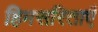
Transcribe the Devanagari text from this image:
हिमसरिताएँ